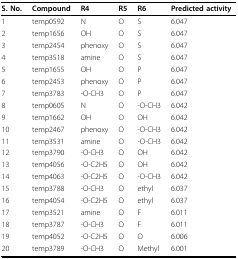
| S. No. | Compound | R4 | R5 | R6 | Predicted activity |
 | --- | --- | --- | --- | --- | --- |
 | 1 | temp0592 | N | O | S | 6.047 |
 | 2 | temp1656 | OH | O | S | 6.047 |
 | 3 | temp2454 | phenoxy | O | S | 6.047 |
 | 4 | temp3518 | amine | O | S | 6.047 |
 | 5 | temp1655 | OH | O | P | 6.047 |
 | 6 | temp2453 | phenoxy | O | P | 6.047 |
 | 7 | temp3783 | -O-CH3 | O | P | 6.047 |
 | 8 | temp0605 | N | O | -O-CH3 | 6.042 |
 | 9 | temp1662 | OH | O | OH | 6.042 |
 | 10 | temp2467 | phenoxy | O | -O-CH3 | 6.042 |
 | 11 | temp3531 | amine | O | -O-CH3 | 6.042 |
 | 12 | temp3790 | -O-CH3 | O | OH | 6.042 |
 | 13 | temp4056 | -O-C2H5 | O | OH | 6.042 |
 | 14 | temp4063 | -O-C2H5 | O | -O-CH3 | 6.042 |
 | 15 | temp3788 | -O-CH3 | O | ethyl | 6.037 |
 | 16 | temp4054 | -O-C2H5 | O | ethyl | 6.037 |
 | 17 | temp3521 | amine | O | F | 6.011 |
 | 18 | temp3787 | -O-CH3 | O | F | 6.011 |
 | 19 | temp4052 | -O-C2H5 | O | O | 6.006 |
 | 20 | temp3789 | -O-CH3 | O | Methyl | 6.001 |